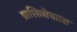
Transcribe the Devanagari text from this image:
ब्रासिलीयाला